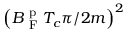
\left( B _ { \mathrm { ~ F ~ } } ^ { \mathrm { ~ p ~ } } T _ { c } \pi / 2 m \right) ^ { 2 }